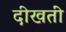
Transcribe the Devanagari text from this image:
दीखतीं